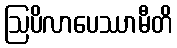
ဩပိလာပေဿာမီတိ